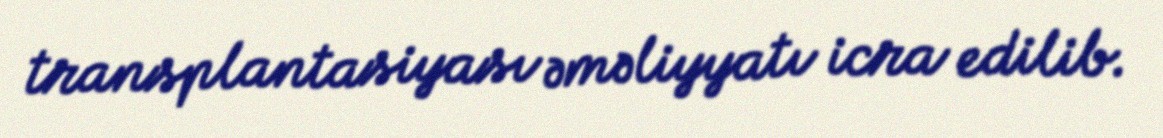
transplantasiyası əməliyyatı icra edilib.